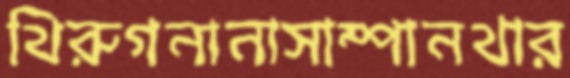
থিরুগনানাসাম্পানথার